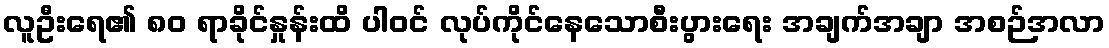
လူဦးရေ၏ ၈၀ ရာခိုင်နှုန်းထိ ပါဝင် လုပ်ကိုင်နေသောစီးပွားရေး အချက်အချာ အစဉ်အလာ